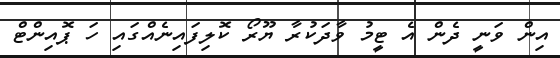
އިން ވަނީ ދެން އެ ޓީމު ވާދަކުރާ ޔޫރޯ ކޮލިފައިނެއްގައި ހަ ޕޮއިންޓް